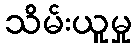
သိမ်းယူမှု